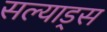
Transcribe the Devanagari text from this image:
सल्याड्स